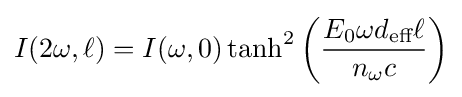
I(2\omega ,\ell )=I(\omega ,0)\tanh ^{2}\left({\frac {E_{0}\omega d_{\text{eff}}\ell }{n_{\omega }c}}\right)